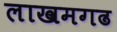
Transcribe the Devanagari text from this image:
लाखमगढ